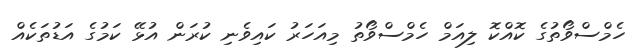
ހެމްްސްވޯތުގެ ކޮއްކޮ ލިއަމް ހެމްސްވޯތު މިއަހަރު ކައިވެނި ކުރަން އުޅޭ ކަމުގެ އަޑުތަކެއް